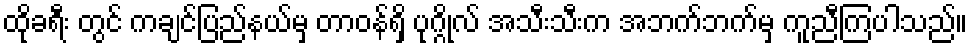
ထိုခရီး တွင် ကချင်ပြည်နယ်မှ တာဝန်ရှိ ပုဂ္ဂိုလ် အသီးသီးက အဘက်ဘက်မှ ကူညီကြပါသည်။